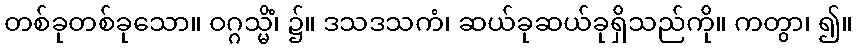
တစ်ခုတစ်ခုသော။ ဝဂ္ဂသ္မိံ၊ ၌။ ဒသဒသကံ၊ ဆယ်ခုဆယ်ခုရှိသည်ကို။ ကတွာ၊ ၍။